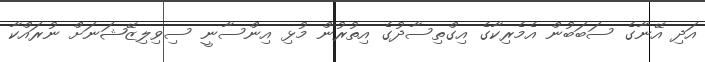
އަދި އޭނާގެ ސަބަބުން އެމެރިކާގެ އިގްތިސާދުގެ އިތުރުން މުޅި އިންސާނީ ސިވިލިޒޭޝަނަށް ނުރައްކާ